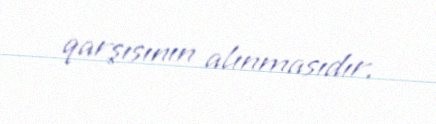
qarşısının alınmasıdır.